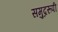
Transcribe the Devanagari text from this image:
समुद्ररूपी